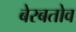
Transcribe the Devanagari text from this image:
बेरबतोव